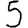
Digit: 5